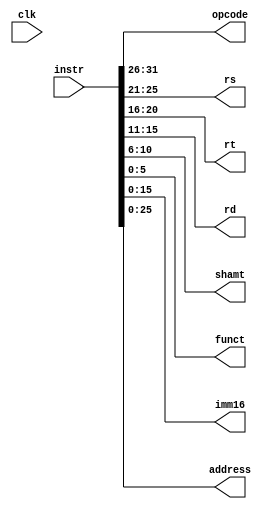
//----------------------------------------------------------------------------
//  instructiondecode
//      Decodes MIPS instructions into all possible fields. Provides opcode,
//      rs, rt, and rd register addresses, shift amount, function code,
//      16-bit immediate, and address. These are all the fields needed to 
//      decode I-type, J-type, and R-type instructions.
//----------------------------------------------------------------------------

module instructiondecode(opcode, rs, rt, rd, shamt, funct, imm16, address, clk, instr);
    input clk;
    input[31:0] instr;

    output reg[5:0] opcode, funct;
    output reg[4:0] rs, rt, rd, shamt;
    output reg[15:0] imm16;
    output reg[25:0] address;

    always @(instr) begin
        // All Instructions
        opcode <= instr[31:26];

        // R and I type instructions ONLY
        rs <= instr[25:21];
        rt <= instr[20:16];

        // R type instructions ONLY
        rd <= instr[15:11];
        shamt <= instr[10:6];
        funct <= instr[5:0];

        // I type instructions ONLY
        imm16 <= instr[15:0];

        // J type instructions ONLY
        address <= instr[25:0];
    end
endmodule